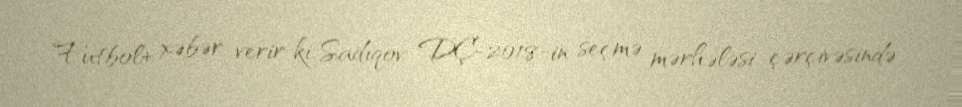
Futbol+ xəbər verir ki, Sadıqov DÇ-2018-in seçmə mərhələsi çərçivəsində